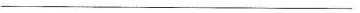
___